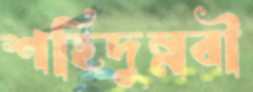
শহিদুন্নবী